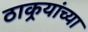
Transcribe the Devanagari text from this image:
ठाकर्‍यांच्या